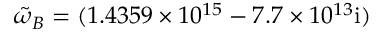
\tilde { \omega } _ { B } = ( 1 . 4 3 5 9 \times 1 0 ^ { 1 5 } - 7 . 7 \times 1 0 ^ { 1 3 } \mathrm { { i } ) }